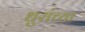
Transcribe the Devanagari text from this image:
धुरांच्या